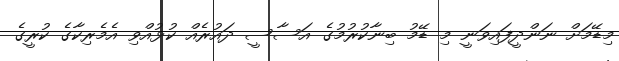
މިޑޭމަށް ނަންދީފައިވަނީ މި ޑޭމު ބިނާކުރުމުގެ އަސާސީ ދައުރެއް ކުޅުއްވި އެމެރިކާގެ ކުރީގެ